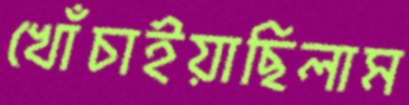
খোঁচাইয়াছিলাম